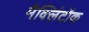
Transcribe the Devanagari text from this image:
मैक्लिंटॉक